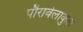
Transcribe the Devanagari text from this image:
पौरावेलाकुल